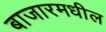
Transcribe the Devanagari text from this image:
बाजारमधील